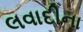
લવાદીના